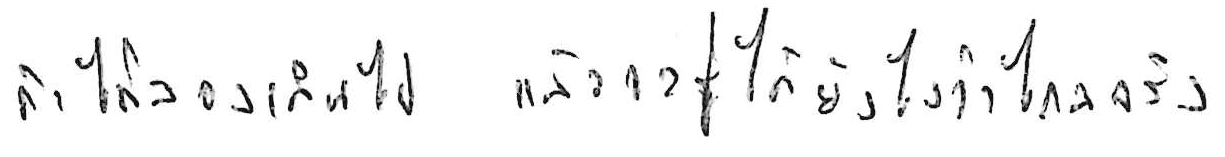
ถ้าไม่ลองเดินไป แล้วจะรู้ได้ยังไงว่าไกลจริง